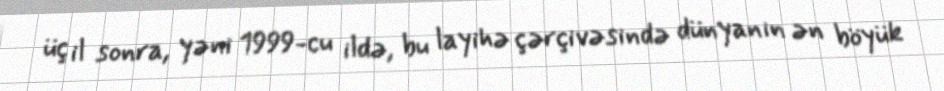
üç il sonra, yəni 1999-cu ildə, bu layihə çərçivəsində dünyanın ən böyük